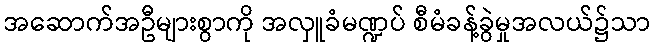
အဆောက်အဦများစွာကို အလှူခံမဏ္ဍပ် စီမံခန့်ခွဲမှုအလယ်၌သာ